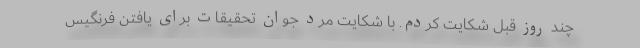
چند روز قبل شکایت کردم. با شکایت مرد جوان تحقیقات برای یافتن فرنگیس